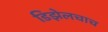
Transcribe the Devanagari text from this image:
डिझेलचाच